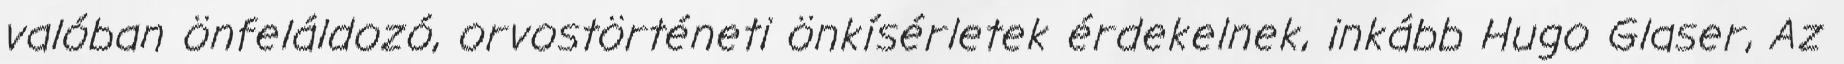
valóban önfeláldozó, orvostörténeti önkísérletek érdekelnek, inkább Hugo Glaser, Az